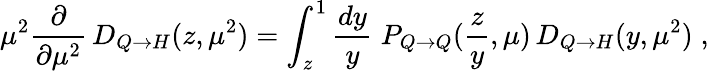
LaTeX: \mu^{2}\frac{\partial}{\partial\mu^{2}}\, D_{Q\to H}(z,\mu^{2})=\int_{z}^{1}\frac{dy}{y}\; P_{Q\to Q}(\frac{z}{y},\mu)\, D_{Q\to H}(y,\mu^{2})\; ,